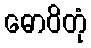
ဓောဝိတုံ